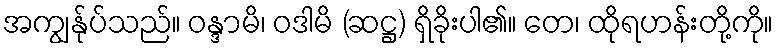
အကျွန်ုပ်သည်။ ဝန္ဒာမိ၊ ဝဒါမိ (ဆဋ္ဌ) ရှိခိုးပါ၏။ တေ၊ ထိုရဟန်းတို့ကို။